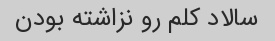
سالاد کلم رو نزاشته بودن